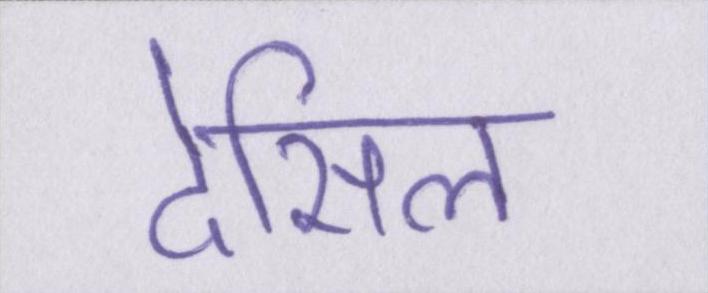
देसिल